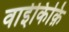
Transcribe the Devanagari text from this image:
वाईकिक़ि